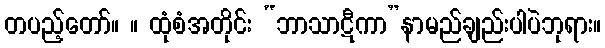
တပည့်တော်။ ။ ထုံစံအတိုင်း “ဘာသာဋီကာ”နာမည်ချည်းပါပဲဘုရား။